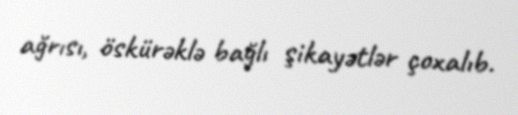
ağrısı, öskürəklə bağlı şikayətlər çoxalıb.